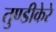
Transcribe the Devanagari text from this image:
तुण्डीकेरे